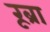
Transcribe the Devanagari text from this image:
रूब्रा